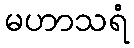
မဟာသရံ